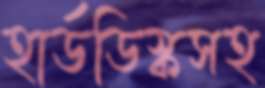
হার্ডডিস্কসহ